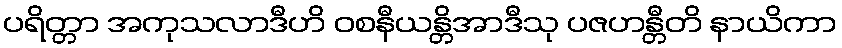
ပရိတ္တာ အကုသလာဒီဟိ ဝစနီယန္တိအာဒီသု ပဇဟန္တီတိ နာယိကာ